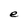
Character: e